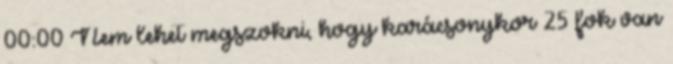
00:00 Nem lehet megszokni, hogy karácsonykor 25 fok van